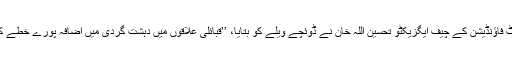
نیشنل ریسرچ اینڈ ڈویلپمنٹ فاؤنڈیشن کے چیف ایگزیکٹو تحسین اللہ خان نے ڈوئچے ویلے کو بتایا، ’’قبائلی علاقوں میں دہشت گردی میں اضافہ پورے خطے کےلیے باعث تشویش ہے۔